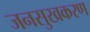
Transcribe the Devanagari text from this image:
जनसुखकरण